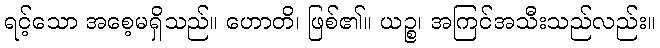
ရင့်သော အစေ့မရှိသည်။ ဟောတိ၊ ဖြစ်၏။ ယဉ္စ၊ အကြင်အသီးသည်လည်း။